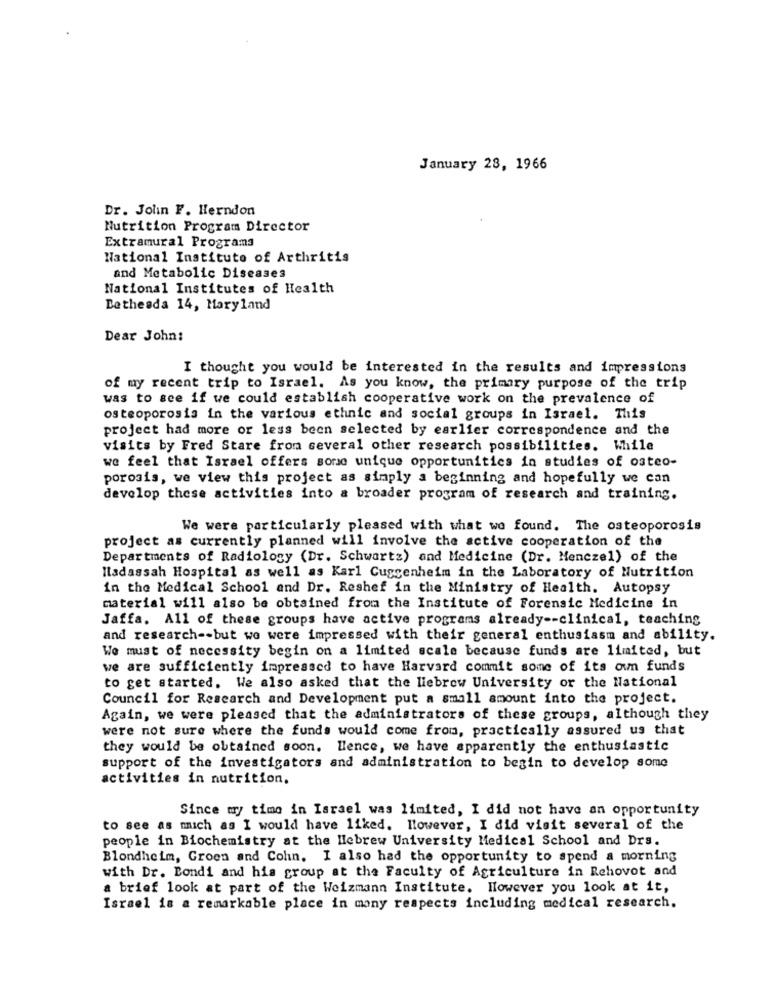
January 28, 1966
Dr. Jolin F. Herndon
Nutrition Program Director
Extramural Programa
National Institute of Arthritis
and Metabolic Diseases
National Institutes of Health
Bethesda 14, Maryland
Dear John:
I thought you would be interested in the results and impressions
of my recent trip to Israel. As you know, the primary purpose of the trip
was to see if we could establish cooperative work on the prevalence of
osteoporosis in the various ethnic and social groups in Israel. This
project had more or less been selected by earlier correspondence and the
visits by Fred Stare from several other research possibilities. While
we feel that Israel offers sone unique opportunities in studies of osteo-
porosis, we view this project as simply a beginning and hopefully we can
develop these activities into a broader program of research and training.
We were particularly pleased with what we found. The osteoporosis
project as currently planned will involve the active cooperation of the
Departments of Radiology (Dr. Schwartz) and Medicine (Dr. Menczel) of the
Iladassah Hospital as well as Karl Guggenheim in the Laboratory of Nutrition
in the Medical School and Dr. Reshef in the Ministry of Health. Autopsy
material will also be obtained from the Institute of Forensic Medicine in
Jaffa. All of these groups have active programs already -- clinical, teaching
and research -- but we were impressed with their general enthusiasm and ability.
We must of necessity begin on a limited scale because funds are limited, but
we are sufficiently impressed to have Harvard commit some of its own funds
to get started. We also asked that the liebrew University or the National
Council for Research and Development put a small amount into the project.
Again, we were pleased that the administrators of these groups, although they
were not sure where the funds would come from, practically assured us that
they would be obtained soon. Hence, we have apparently the enthusiastic
support of the investigators and administration to begin to develop some
activities in nutrition.
Since my time in Israel was limited, I did not have an opportunity
to see as mich as I would have liked. However, I did visit several of the
people in Biochemistry at the Hebrew University Medical School and Drs.
Blondheim, Groen and Colin. I also had the opportunity to spend a morning
with Dr. Bondi and his group at the Faculty of Agriculture in Rehovot and
a brief look at part of the Weizmann Institute. However you look at it,
Israel is a remarkable place in many respects including medical research.